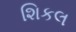
શિકલ